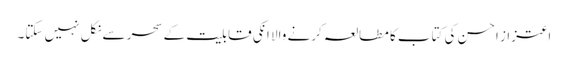
اعتزاز احسن کی کتاب کا مطالعہ کرنے والا انکی قابلیت کے سحر سے نکل نہیں سکتا۔